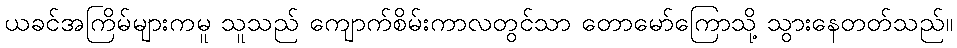
ယခင်အကြိမ်များကမူ သူသည် ကျောက်စိမ်းကာလတွင်သာ တောမော်ကြောသို့ သွားနေတတ်သည်။